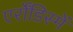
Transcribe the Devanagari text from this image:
एर्रोंडिस्में